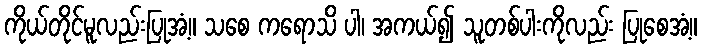
ကိုယ်တိုင်မူလည်းပြုအံ့။ သစေ ကရောသိ ပါ၊ အကယ်၍ သူတစ်ပါးကိုလည်း ပြုစေအံ့။